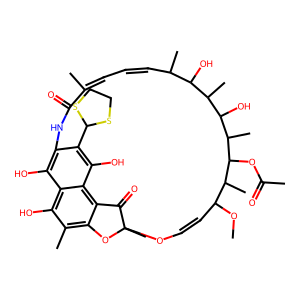
SMILES: COC1C=COC2(C)Oc3c(C)c(O)c4c(O)c(c(C5SCCS5)c(O)c4c3C2=O)NC(=O)C(C)=CC=CC(C)C(O)C(C)C(O)C(C)C(OC(C)=O)C1C
Inhibits HIV replication: No